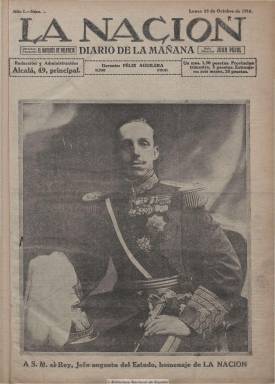
Título: La Nación (Madrid. 1916)
Colección: Periódicos
Ámbito geográfico: Madrid
Lugar de publicación: Madrid
Fechas: 23/10/1916-31/12/1918

Diario de la mañana que nace durante la primera guerra mundial con ayuda económica alemana, fundado por Alfonso María García Polavieja, primogénito del general Polavieja y segundo marqués de este nombre y figura destacada del Partido Conservador, y a cuyo frente se pone el notorio periodista germanófilo Juan Pujol, que días antes de la salida de este periódico, el 23 de octubre de 1916, había tenido que abandonar por desavenencias el diario ABC, del que venía siendo corresponsal de guerra en diferentes capitales europeas desde 1914. Se trata de una publicación de 16 páginas, que cuenta con grandes recursos, con abundante material fotográfico. Su primera página la ocupaba completamente una instantánea y otras muchas de gran tamaño en sus páginas interiores, generalmente del conflicto bélico, que procedían de los servicios del propio ejército alemán. Como diario gráfico, publicará fotos de actualidad, tanto internacional como española, de Hugelman, Kaulat, Pelayo, Parrondo, Alfonso y Martín y Ortiz.

En su primer número subrayará el ideal patriótico, nacionalista y monárquico para un grupo de publicistas que se autodenominan “generación de 1916” y que osarán criticar a la ya entonces consagrada del “98”. Las crónicas parlamentarias serán obra de Luis Antonio del Olmet; las teatrales, de Julio Casares y Jesús J. Gabaldón; las revistas taurinas, de Felipe Sassone, con el seudónimo “Curro Guillén”; los deportes estarán a cargo de Juan Spottorno y Topete; Federico García Sanchiz escribirá unas crónicas viajeras, y la caricatura política será firmada por López Rubio. Contará con colaboraciones de, entre otros, Salvador Canals, Vicente Gay, Pedro Recio, Rodrigo Soriano, Emilio Carrere y Ramón Gómez de la Serna. José Ortega Munilla escribía un artículo diario bajo el título “Chispas del yunque”.

Asimismo dispondrá de corresponsales en provincias y de los servicios de cable, telégrafo y radiotelegrafía para abastecerse de noticias extranjeras, principalmente del conflicto bélico que asolaba Europa. Su germanofilia la expresaba en sus editoriales, artículos y una sección bajo el epígrafe “Por la neutralidad”. Contó también con secciones de política interior, información de provincias, panorama de Madrid, economía y finanzas, sucesos, deportes (hípica, fútbol, etc.), toros, teatro, moda, arte y “un cuento cada día”, y estuvo muy bien surtido de anuncios publicitarios. Al finalizar 1918 dejó de publicarse, teniendo una vida efímera.